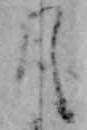
月